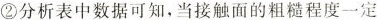
②分析表中数据可知，当接触面的粗糙程度一定